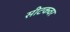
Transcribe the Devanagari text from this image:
सीटकवर